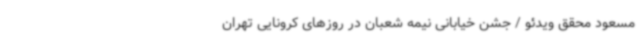
مسعود محقق ویدئو / جشن خیابانی نیمه شعبان در روزهای کرونایی تهران